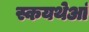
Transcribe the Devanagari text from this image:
स्कयथेआं